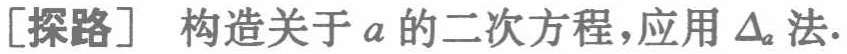
[探路] 构造关于 \(a\) 的二次方程，应用 \(\Delta_{a}\) 法.